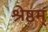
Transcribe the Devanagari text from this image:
श्रेष्ठम्